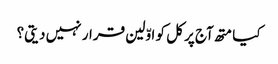
کیا متھ آج پر کل کو اوّلین قرار نہیں دیتی؟